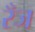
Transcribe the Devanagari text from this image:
रँज